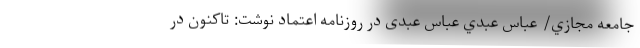
جامعه مجازي/ عباس عبدي عباس عبدی در روزنامه اعتماد نوشت: تاكنون در